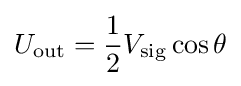
U_{\text{out}}={\frac {1}{2}}V_{\text{sig}}\cos \theta